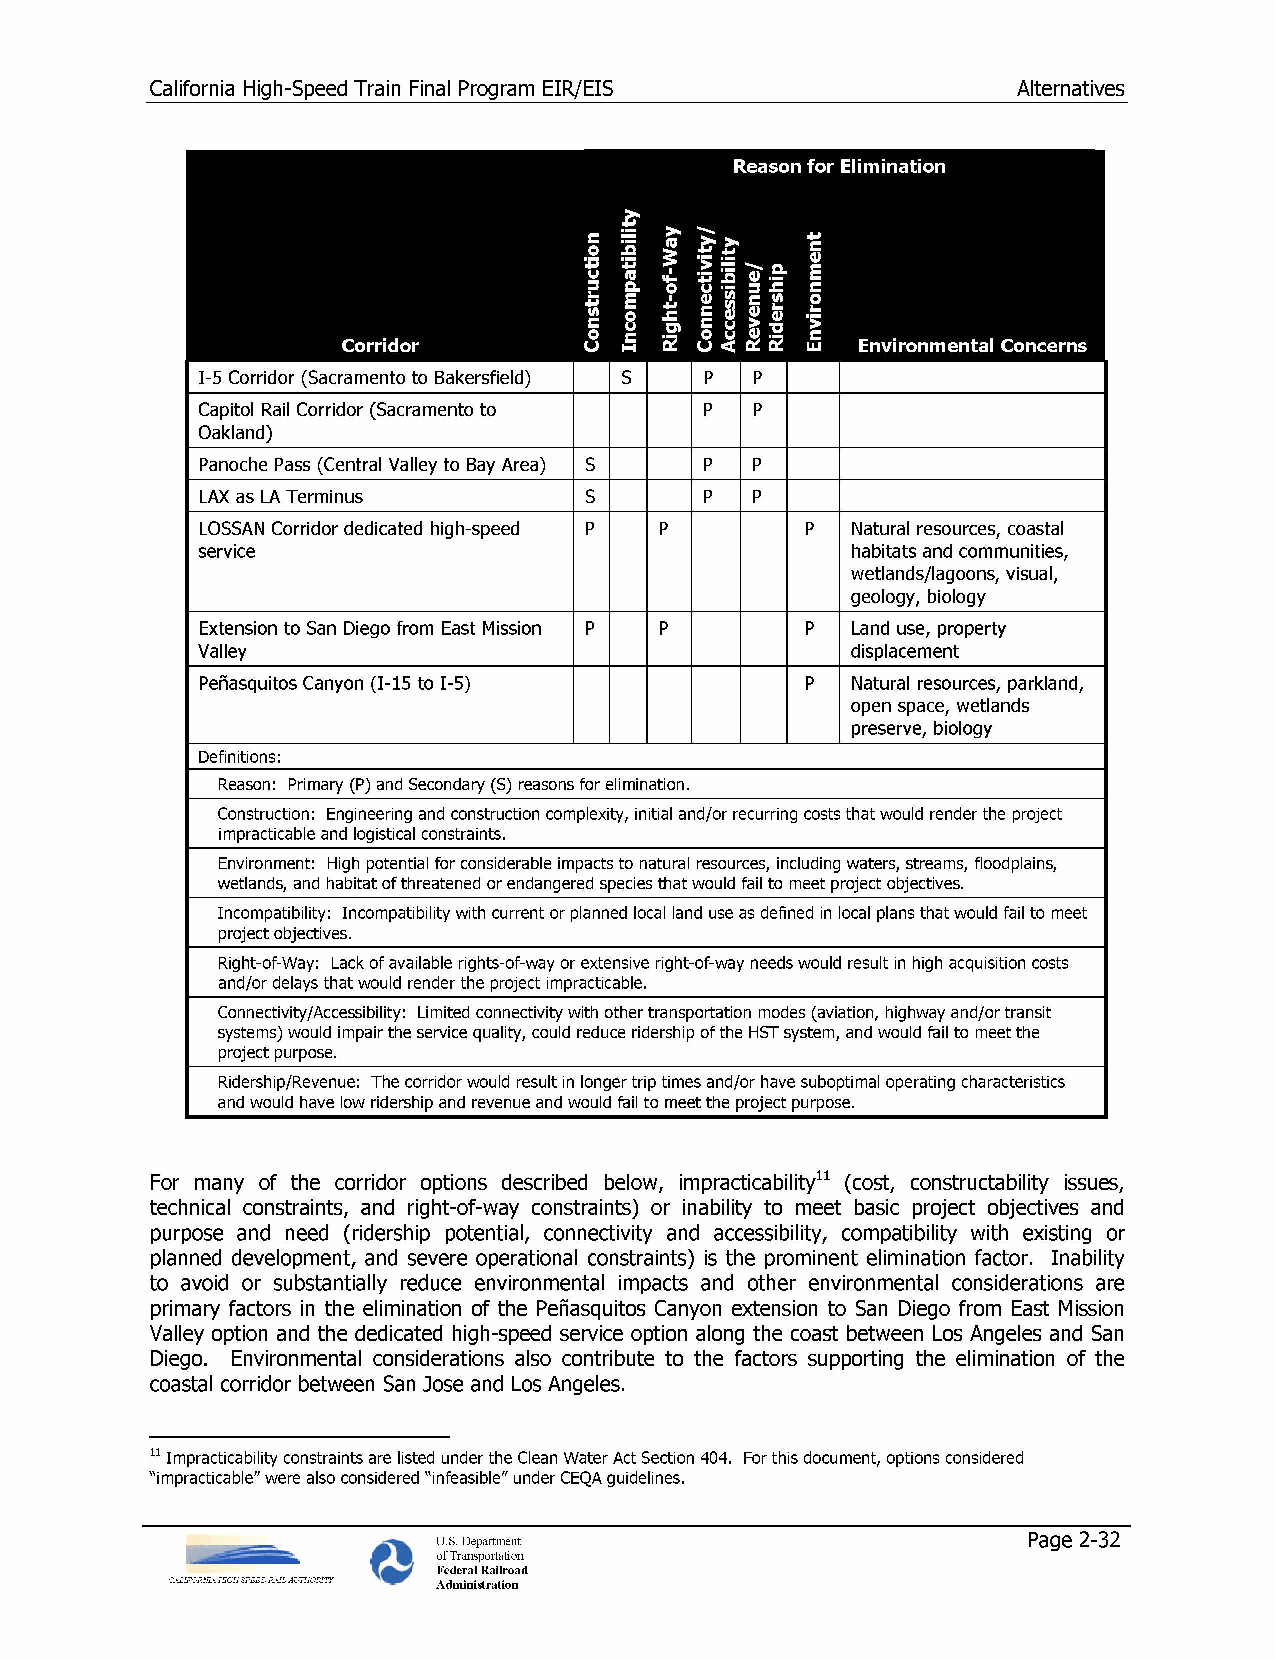
California High-Speed Train Final Program EIR/EIS        Alternatives
 1-5 Corridor (Sacramento to Bakersfield) s p p
 Capitol Rail Corridor (Sacramento to p p
 Oakland)
 Panache Pass (Central Valley to Bay Area) s p p
 LAX as LA Terminus        s       p  p
 LOSSAN Corridor dedicated high-speed p p p Natural resources, coastal
 service                                    habitats and communities,
 wetlands/lagoons, visual,
 geology, biology
 Extension to San Diego from East Mission p p p Land use, property
 Valley                                     displacement
 Penasquitos Canyon (1-15 to I -5)       p  Natural resources, parkland,
 open space, wetlands
 preserve, biology
 Definitions:
 Reason: Primary (P) and Secondary (S) reasons for elimination.
 Construction: Engineering and construction complexity, initial and/or recurring costs that would render the project
 impracticable and logistical constraints.
 Environment: High potential for considerable impacts to natural resources, including waters, streams, floodplains,
 wetlands, and habitat of threatened or endangered species that would fail to meet project objectives.
 Incompatibility: Incompatibility with current or planned local land use as defined in local plans that would fail to meet
 project objectives.
 Right-of-Way: Lack of available rights-of-way or extensive right-of-way needs would result in high acquisition costs
 and/or delays that would render the project impracticable.
 Connectivity/Accessibility: Limited connectivity with other transportation modes (aviation, highway and/or transit
 systems) would impair the service quality, could reduce ridership of the HST system, and would fail to meet the
 project purpose.
 Ridership/Revenue: The corridor would result in longer trip times and/or have suboptimal operating characteristics
 and would have low ridership and revenue and would fail to meet the project purpose.
 For many of the corridor options described below, impracticability11 (cost, constructability issues,
 technical constraints, and right-of-way constraints) or inability to meet basic project objectives and
 purpose and need (ridership potential, connectivity and accessibility, compatibility with existing or
 planned development, and severe operational constraints) is the prominent elimination factor. Inability
 to avoid or substantially reduce environmental impacts and other environmental considerations are
 primary factors in the elimination of the Pefiasquitos Canyon extension to San Diego from East Mission
 Valley option and the dedicated high-speed service option along the coast between Los Angeles and San
 Diego. Environmental considerations also contribute to the factors supporting the elimination of the
 coastal corridor between San Jose and Los Angeles.
 11 Impracticability constraints are listed under the Clean Water Act Section 404. For this document, options considered
 "impracticable" were also considered "infeasible" under CEQA guidelines.
 U.S. Department                        Page 2-32
 of Transportation
 Federal Railroad
 Administration